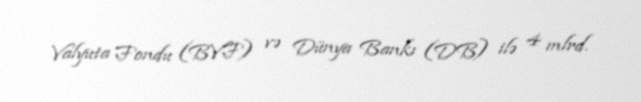
Valyuta Fondu (BVF) və Dünya Bankı (DB) ilə 4 mlrd.